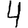
Digit: 4